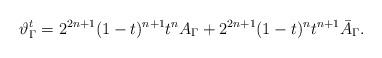
LaTeX: \begin{align*}\vartheta^{t}_\Gamma = 2^{2n+1} (1-t)^{n+1}t^n A_\Gamma + 2^{2n+1}(1-t)^{n}t^{n+1} \bar A_\Gamma.\end{align*}